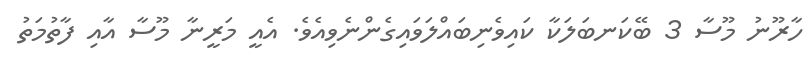
ހާރޫނު މޫސާ 3 ބޭކަނބަލަކާ ކައިވެނިބައްލަވައިގެންނެވިއެވެ. އެއީ މަރީނާ މޫސާ އާއި ފާތުމަތު